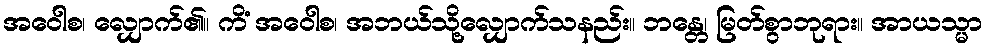
အဝေါစ၊ လျှောက်၏။ ကိံ အဝေါစ၊ အဘယ်သို့လျှောက်သနည်း။ ဘန္တေ၊ မြတ်စွာဘုရား။ အာယသ္မာ